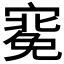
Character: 𭔑